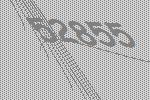
52855